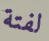
لفتة